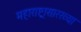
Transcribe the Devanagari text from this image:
महाराष्ट्रासारख्‍या